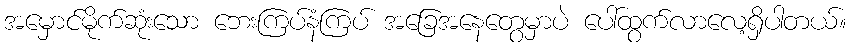
အမှောင်မိုက်ဆုံးသော ဘေးကြပ်နံကြပ် အခြေအနေတွေမှာပဲ ပေါ်ထွက်လာလေ့ရှိပါတယ်။